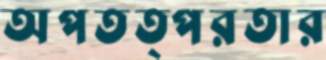
অপতত্পরতার